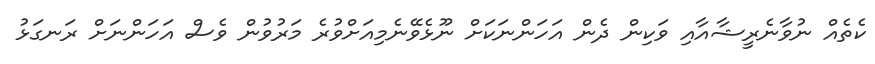
ކެތެއް ނުވާނެރީޝާއާއި ވަކިން ދެން އަހަންނަކަށް ނޫޅެވޭނެމިއަށްވުރެ މަރުވުން ވެސް އަހަންނަށް ރަނގަޅު